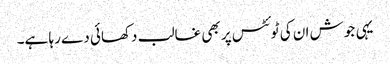
یہی جوش ان کی ٹوئٹس پر بھی غالب دکھائی دے رہا ہے۔